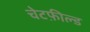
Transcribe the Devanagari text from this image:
चेटफ़ील्ड